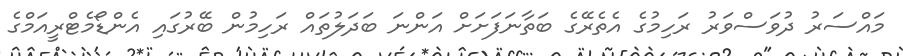
މައްސަރު ދުވަސްވަރު ރަހިމުގެ އެތެރޭގެ ބަތާނަފަށަށް އަންނަ ބަދަލުތައް ރަހިމުން ބޭރުގައި އެންޑޯމެޓްރީއަމްގެ